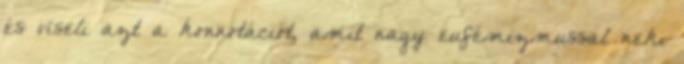
és viseli azt a konnotációt, amit nagy eufémizmussal neki